Lunatic asylums United Provinces 1909-1921 - 1909-1921
Year: 1909
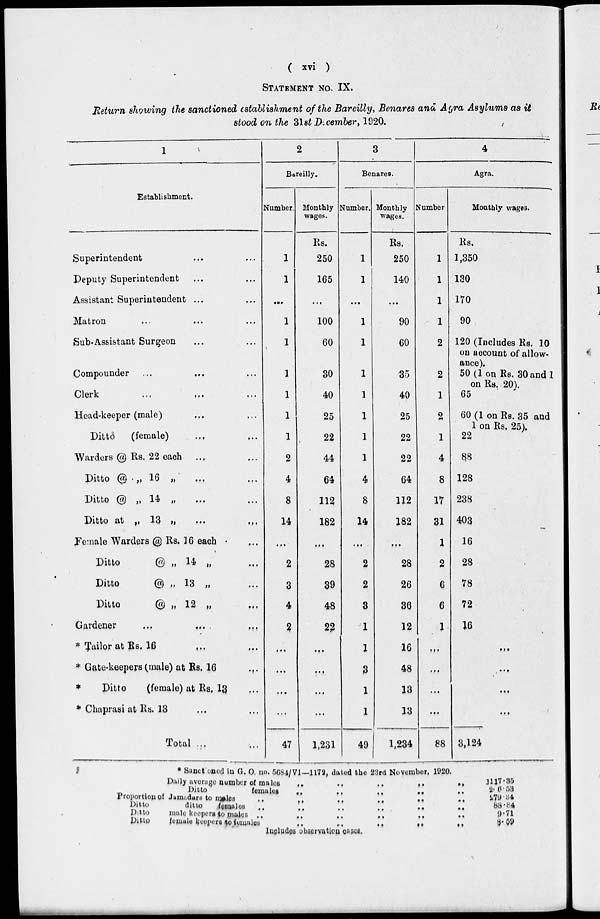
( xvi )
STATEMENT NO. IX.
Return showing the sanctioned establishment of the Bareilly, Benares ana Agra Asylums as it
stood on the 31st December, 1920.
1
Establishment.
Superintendent ... ...
Deputy Superintendent ... ...
Assistant Superintendent ... ...
Matron ... ... ...
Sub-Assistant Surgeon ... ...
Compounder
...
...
...
Clerk ... ... ...
Head-keeper (male) ... ...
Ditto
(female) ... ...
Warders @ Rs. 22 each ... ...
Ditto @ „ 16 „ ... ...
Ditto @ „ 14 „ ... ...
Ditto at
„
13
„
...
...
Female Warders @ Rs. 16 each ...
Ditto
@ „ 14 „ ...
Ditto
@
„ 13 „ ...
Ditto
@ „ 12 „ ...
Gardener
...
...
...
* Tailor at Rs. 16 ... ...
* Gate-keepers (male) at Rs. 16 ...
*
Ditto
(female) at Rs. 13 ...
* Chaprasi at Rs. 13 ... ...
Total ... ...
2
Bareilly.
Number.
1
1
...
1
1
1
1
1
1
2
4
8
14
...
2
3
4
2
...
...
...
...
47
Monthly
wages.
Rs.
250
165
...
100
60
30
40
25
22
44
64
112
182
...
28
39
48
22
...
...
...
...
1,231
3
Benares.
Number.
1
1
...
1
1
1
1
1
1
1
4
8
14
...
2
2
3
1
1
3
1
1
49
Monthly
wages.
Rs.
250
140
...
90
60
35
40
25
22
22
64
112
182
...
28
26
36
12
16
48
13
13
1,234
4
Agra.
Number
1
1
1
1
2
2
1
2
1
4
8
17
31
1
2
6
6
1
...
...
...
...
88
Monthly wages.
Rs.
1,350
130
170
90
120 (Includes Rs. 10
on account of allow-
ance).
50 (1 on Rs. 30 and 1
on Rs. 20).
65
60 (1 on Rs. 35 and
1 on Rs.25).
22
88
128
238
403
16
28
78
72
16
...
...
...
...
3,124
* Senctioned in G. O. no. 5684/VI—1172, dated the 23rd November, 1920.
Daily average number of males
..
..
..
..
..
Ditto
females
..
..
..
..
..
Proportioned of Jamadars to males ..
..
.. .. .. ..
Ditto
ditto
females .. .. .. .. .. ..
Ditto
male keepers to males .. .. .. .. .. ..
Ditto female keepers
to
females
.. .. .. .. ..
1117.35
266.53
279.34
88.84
9.71
8.59
Includes observation cases.